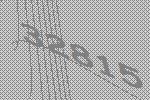
32815